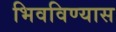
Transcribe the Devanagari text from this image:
भिवविण्यास